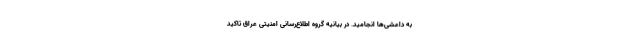
به داعشی‌ها انجامید. در بیانیه گروه اطلاع‌رسانی امنیتی عراق تاکید